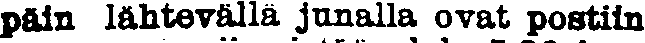
päin lähtevällä junalla ovat postiin